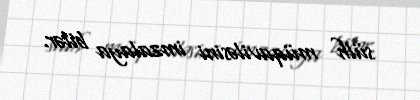
sülh müqaviləsini imzalaya bilər.